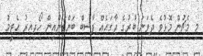
މި މެޗުން މޮޅުވެ ދެވަނަ ބުރުގެ ޖާގައެއް ޕާސިބް ބަންޑުންއިން ހޯދިއިރު އެޓީމު